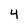
Character: 4